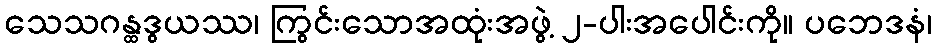
သေသဂန္ထဒွယဿ၊ ကြွင်းသောအထုံးအဖွဲ့ ၂-ပါးအပေါင်းကို။ ပဘေဒနံ၊